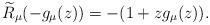
LaTeX: \begin{align*}\widetilde R_{\mu}(-g_\mu(z))=-(1+zg_\mu(z)).\end{align*}